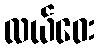
လယ်ဝေး